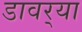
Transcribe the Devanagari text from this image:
डावर्‍या